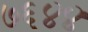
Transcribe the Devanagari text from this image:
७६४४